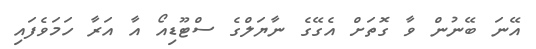
އޭނަ ބޭނުން ވާ ގޮތަށް އެގޭގެ ނާޔަލްގެ ސްޓޫޑިއޯ އާ އަރާ ހަމަވެފައި